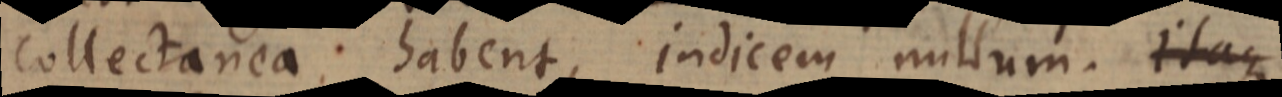
collectanea habent, indicem nullum. itaque